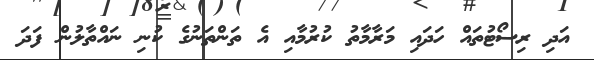
އަދި ރިސޯޓުތައް ހަދައި މަރާމާތު ކުރުމާއި އެ ތަންތަނުގެ ކުނި ނައްތާލުން ފަދަ